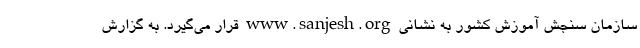
سازمان سنجش آموزش کشور به نشانی www.sanjesh.org قرار می‌گیرد. به گزارش